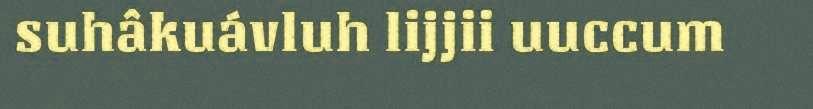
suhâkuávluh lijjii uuccum